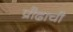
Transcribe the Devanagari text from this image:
प्रौढाची